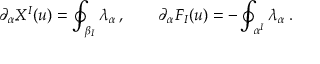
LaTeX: \partial _ { \alpha } X ^ { I } ( u ) = \oint _ { \beta _ { I } } \lambda _ { \alpha } \, , \qquad \partial _ { \alpha } F _ { I } ( u ) = - \oint _ { \alpha ^ { I } } \lambda _ { \alpha } \, .